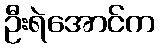
ဦးရဲအောင်က